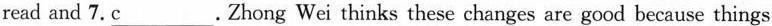
read and 7.\underline{c}. Zhong Wei thinks these changes are good because things